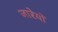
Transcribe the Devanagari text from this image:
जारेयों